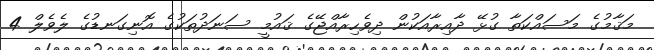
މަޤާމުގެ މަސައްކަތާ ގުޅޭ ދާއިރާއަކުން ދިވެހިރާއްޖޭގެ ޤައުމީ ސަނަދުތަކުގެ އޮނިގަނޑުގެ ލެވެލް 4